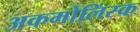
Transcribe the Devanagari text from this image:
अकमोलिंस्क